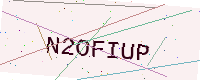
Text: N2OFIUP